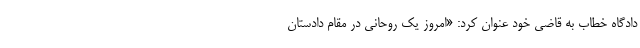
دادگاه خطاب به قاضی خود عنوان کرد: «امروز یک روحانی در مقام دادستان